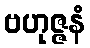
ဗဟုဇ္ဇနံ